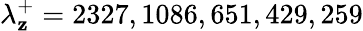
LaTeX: \lambda_{\mathbf{z}}^{+}=2327,1086,651,429,259